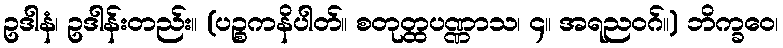
ဥဒါနံ၊ ဥဒါန်းတည်း။ (ပဉ္စကနိပါတ်။ စတုတ္ထပဏ္ဏာသ၊ ၄။ အရညဝဂ်။) ဘိက္ခဝေ၊